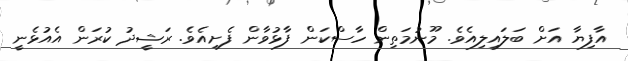
އާފިޔާ އަށް ބަލައިލިއެވެ. މޫނުމަތިން ހާސްކަން ފާޅުވާން ފެށިއެވެ. ރަޝީދު ކުރަން އެއުޅެނީ